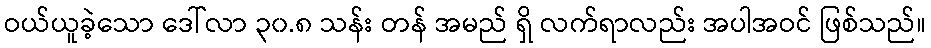
ဝယ်ယူခဲ့သော ဒေါ်လာ ၃၀.၈ သန်း တန် အမည် ရှိ လက်ရာလည်း အပါအဝင် ဖြစ်သည်။